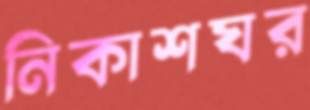
নিকাশঘর